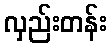
လှည်းတန်း